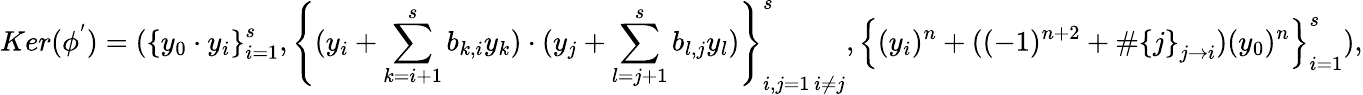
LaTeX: Ker(\phi^{'})=(\left\{ y_{0}\cdot y_{i}\right\} _{i=1}^{s},\left\{ (y_{i}+\sum_{k=i+1}^{s}b_{k,i}y_{k})\cdot(y_{j}+\sum_{l=j+1}^{s}b_{l,j}y_{l})\right\} _{\substack{i,j=1\, i\neq j}}^{s},\left\{ (y_{i})^{n}+((-1)^{n+2}+\# \left\{ j\right\} _{j\rightarrow i})(y_{0})^{n}\right\} _{i=1}^{s}),